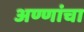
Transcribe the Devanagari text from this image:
अण्णांचा